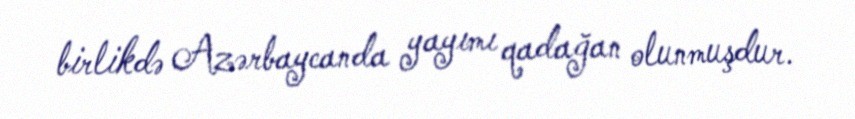
birlikdə Azərbaycanda yayımı qadağan olunmuşdur.